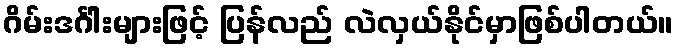
ဂိမ်းဒင်္ဂါးများဖြင့် ပြန်လည် လဲလှယ်နိုင်မှာဖြစ်ပါတယ်။